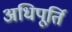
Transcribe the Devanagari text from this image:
अधिपूर्ति